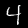
Label: 4